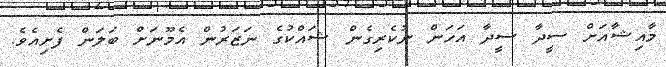
މާއިޝާއަށް ސީދާ ސީދާ އަހަން ނުކެރިގެން ޝައްކުގެ ނަޒަރުން އެމޫނަށް ބަލަން ފެށިއެވެ.